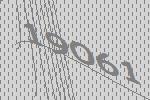
19061